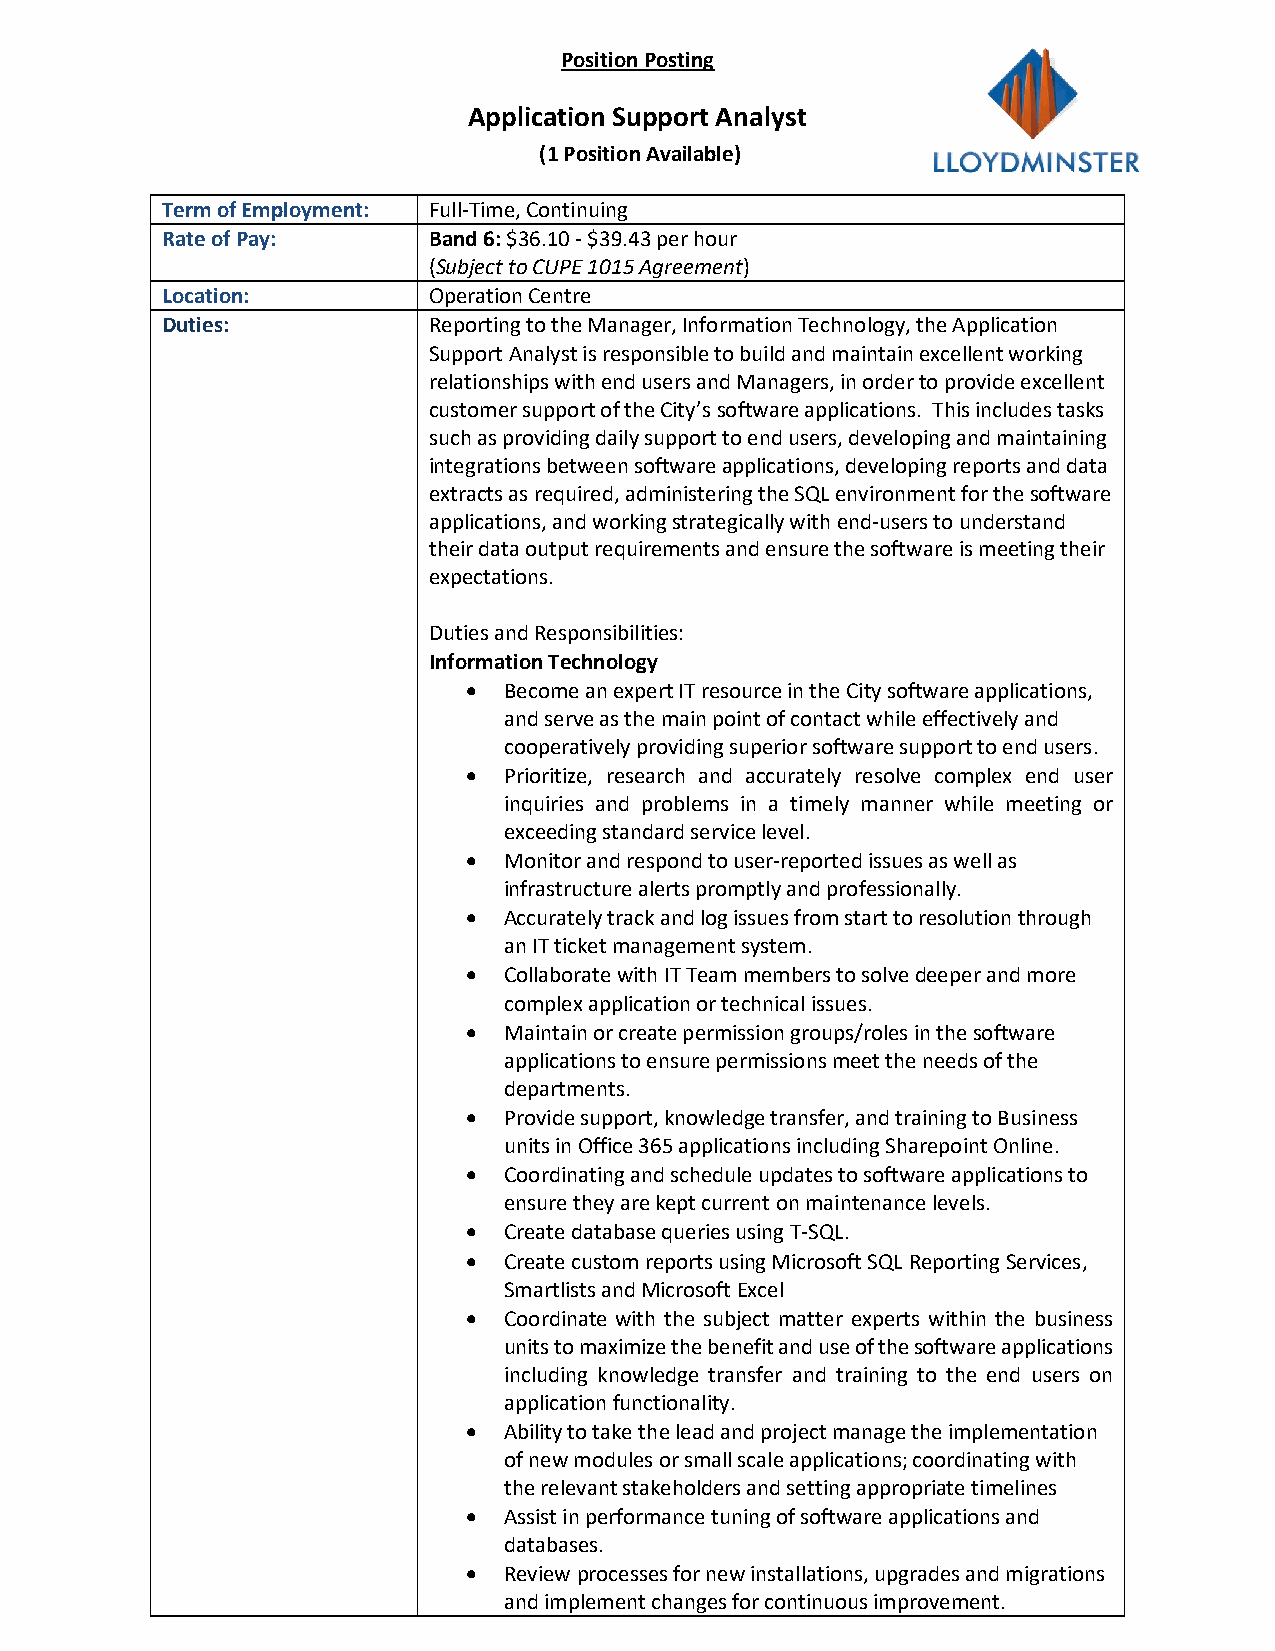
Position Posting
 Application Support Analyst
 (1 Position Available)
 Term of Employment: Full-Time, Continuing
 Rate of Pay:     Band 6: $36.10 - $39.43 per hour
 (Subject to CUPE 1015 Agreement)
 Location:        Operation Centre
 Duties:          Reporting to the Manager, Information Technology, the Application
 Support Analyst is responsible to build and maintain excellent working
 relationships with end users and Managers, in order to provide excellent
 customer support of the City’s software applications. This includes tasks
 such as providing daily support to end users, developing and maintaining
 integrations between software applications, developing reports and data
 extracts as required, administering the SQL environment for the software
 applications, and working strategically with end-users to understand
 their data output requirements and ensure the software is meeting their
 expectations.
 Duties and Responsibilities:
 Information Technology
 • Become an expert IT resource in the City software applications,
 and serve as the main point of contact while effectively and
 cooperatively providing superior software support to end users.
 • Prioritize, research and accurately resolve complex end user
 inquiries and problems in a timely manner while meeting or
 exceeding standard service level.
 • Monitor and respond to user-reported issues as well as
 infrastructure alerts promptly and professionally.
 • Accurately track and log issues from start to resolution through
 an IT ticket management system.
 • Collaborate with IT Team members to solve deeper and more
 complex application or technical issues.
 • Maintain or create permission groups/roles in the software
 applications to ensure permissions meet the needs of the
 departments.
 • Provide support, knowledge transfer, and training to Business
 units in Office 365 applications including Sharepoint Online.
 • Coordinating and schedule updates to software applications to
 ensure they are kept current on maintenance levels.
 • Create database queries using T-SQL.
 • Create custom reports using Microsoft SQL Reporting Services,
 Smartlists and Microsoft Excel
 • Coordinate with the subject matter experts within the business
 units to maximize the benefit and use of the software applications
 including knowledge transfer and training to the end users on
 application functionality.
 • Ability to take the lead and project manage the implementation
 of new modules or small scale applications; coordinating with
 the relevant stakeholders and setting appropriate timelines
 • Assist in performance tuning of software applications and
 databases.
 • Review processes for new installations, upgrades and migrations
 and implement changes for continuous improvement.